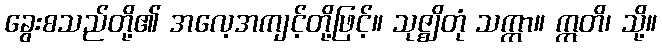
ခွေးစသည်တို့၏ အလေ့အကျင့်တို့ဖြင့်။ သုဇ္ဈိတုံ သက္ကာ။ ဣတိ၊ သို့။